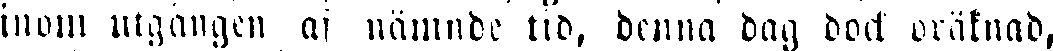
inom utgången af nämnde tid, denna dag dock oräknad,